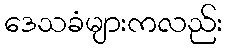
ဒေသခံများကလည်း